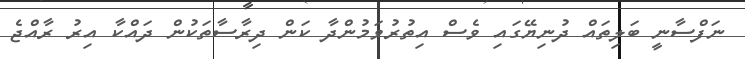
ނަފްސާނީ ބަލިތައް ދުނިޔޭގައި ވެސް އިތުރުވަމުންދާ ކަން ދިރާސާތަކުން ދައްކާ އިރު ރާއްޖެ